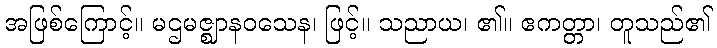
အဖြစ်ကြောင့်။ မဌမဇ္ဈာနဝသေန၊ ဖြင့်။ သညာယ၊ ၏။ ဧကတ္တာ၊ တူသည်၏